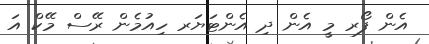
އެން ފޯރ މީ އެން ދި އެންޓަޔަރ ހިއުމެން ރޭސް މޭކް އަ